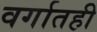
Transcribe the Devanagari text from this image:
वर्गातही